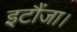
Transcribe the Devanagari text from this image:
इटौंजा।